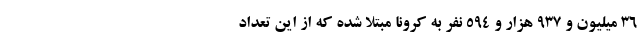
۳۶ میلیون و ۹۳۷ هزار و ۵۹۴ نفر به کرونا مبتلا شده که از این تعداد